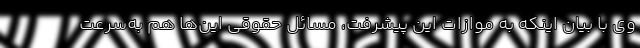
وی با بیان اینکه به‌ موازات این پیشرفت، مسائل حقوقی این‌ها هم به‌سرعت